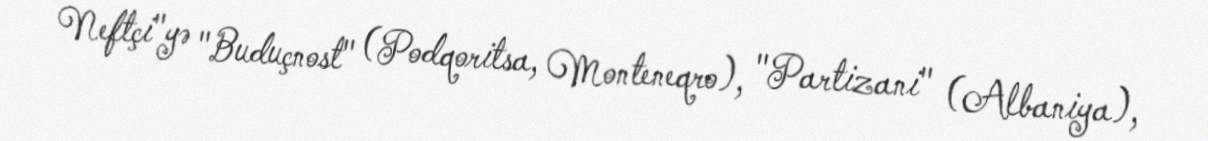
Neftçi"yə "Buduçnost" (Podqoritsa, Monteneqro), "Partizani" (Albaniya),